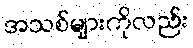
အသစ်များကိုလည်း